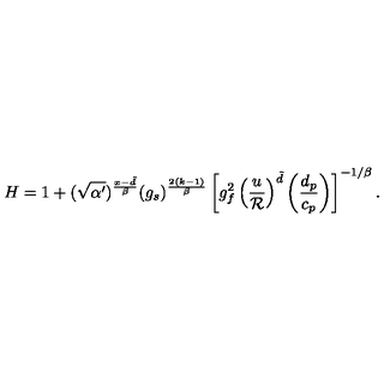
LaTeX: H = 1 + ( \sqrt { \alpha ^ { \prime } } ) ^ { { \frac { x - \tilde { d } } { \beta } } } ( g _ { s } ) ^ { { \frac { 2 ( k - 1 ) } { \beta } } } \left[ g _ { f } ^ { 2 } \left( { \frac { u } { \cal R } } \right) ^ { \tilde { d } } \left( { \frac { d _ { p } } { c _ { p } } } \right) \right] ^ { - 1 / \beta } .